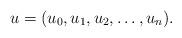
LaTeX: \begin{align*}u = (u_0, u_1, u_2, \dots , u_n).\end{align*}